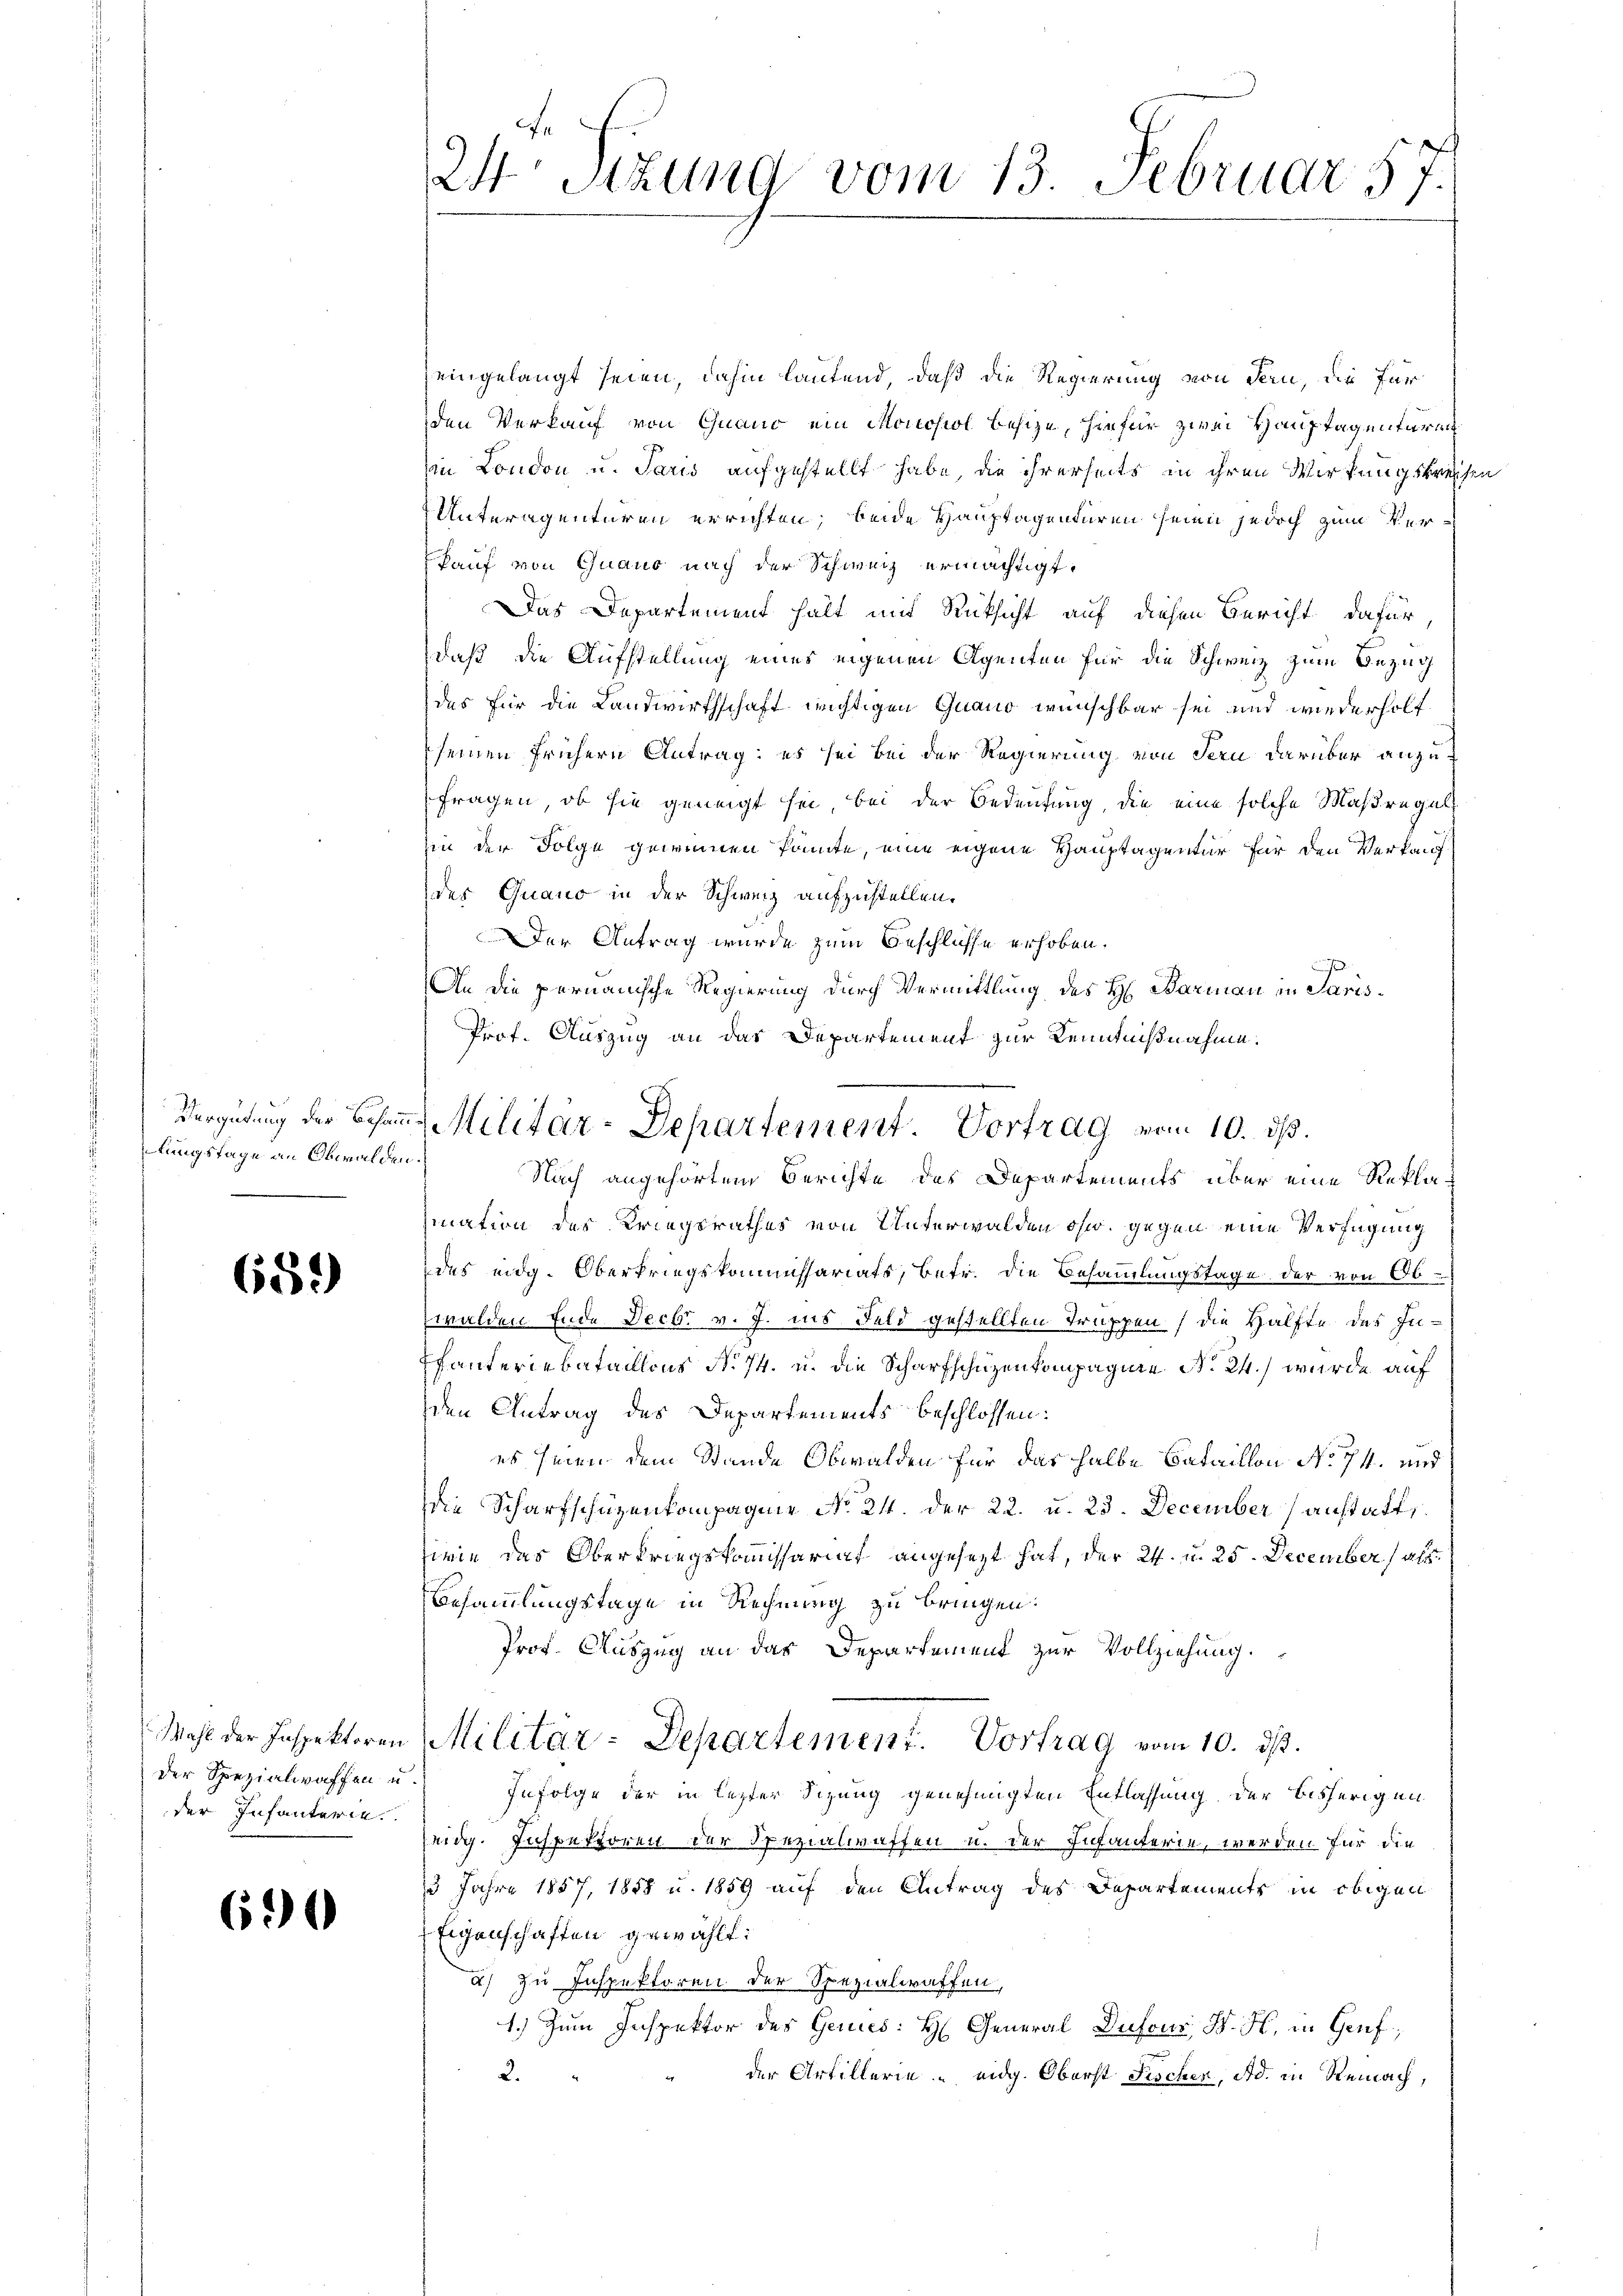
Vergütung der Besammungstage an Obwalde

659)

der Spezialwaffen u.
der Infanterie.

691

24 Stzung vom 13. Februar 57.

eingelangt seien, dahin lautend, daß die Regierung von Fern, die für
den Verkauf von Quand ein Moussiol besize, hiefür zwei Hauptagenturen
in London u. Paris aufgestellt habe, die ihrerseits in ihren Wirkungskreich
Unteragenturen errichten; beide Hauptagenturen seien jedoch zum Verkauf von Guaus nach der Schweiz ermächtigt.
Das Departement halt mit Rücksicht auf diesen Bericht, dafür
daß die Aufstellung eines eigenen Agenten für die Schweiz zum Bezug
des für die Landwirthschaft wichtigen Quano wünschbar sei und wiederholf
seinen frühern Antrag: es sei bei der Regierung von dern darüber anzufragen, ob sie geneigt sei, bei der Bedeutung, die eine solche Maßregel
hin der Folge gewinnen könnte, eine eigene Hauptagentur für den Verkaufdes Quano in der Schweiz aufzustellen.
Der Antrag wurde zum Beschlüsse erhoben.
An die pernauische Regierung durch Vermittlung des H. Barmann in Paris¬
Prof. Auszug an das Departement zur Kenntnißnahme.
Nach angehörtem Berichte des Departements über eine Reklamation des Kriegsrathes von Unterwalden ohn. gegen eine Verfügung
des eidg. Oberkriegskommissariats, betr. die Besammlungstage der von Obwalden Ende Decbr v. J. ins Feld gestellten Truppen, die Hälfte des In¬
Thanteriebataillons No 74. u. die Scharfschüzenkompagnie N. 24.) wurde auf
den Antrag des Departements beschlossen:
es seien dem Stunde Obwalden für das halbe Bataillon No 74. und
die Scharfschüzenkompagnie No 24. der 22. u. 23. December anstatt,
zwie des Oberkriegskommissariat angesezt hat, der 24. u. 25. December als
Besammlungstage in Rechnung zu bringen:
Prof. Auszug an das Departement zur Vollziehung.
Wahl der Inspektoren Militar-Departement. Vortrag vom 10. ds.
Infolge der in letzter Sizung genehmigten Entlassung der bisherigen
eidg. Inspektoren der Spezialwaffen u. der Infanterie, werden für die
13 Jahre 1857, 1858 u. 1859 auf den Antrag des Departements in obigen
Eigenschaften gewählt:
2) zu Inspektoren der Spezialwaffen,
1.) Zum Inspektor des Genies: H General Dufour K. H. in Genf,
der Artillerie - eidg. Oberst Fischer, Ad. in Reinach,
2.

Militar-Departement. Vortrag vom 10. ds.